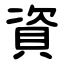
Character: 資